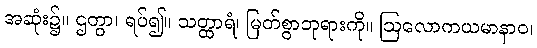
အဆုံး၌။ ဌတွာ၊ ရပ်၍။ သတ္ထာရံ၊ မြတ်စွာဘုရားကို။ ဩလောကယမာနာဝ၊